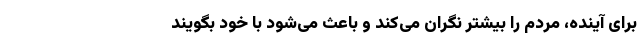
برای آینده، مردم را بیشتر نگران می‌کند و باعث می‌شود با خود بگویند